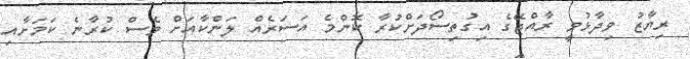
ރިޔާޒު ވިދާޅުވީ ރާއްޖޭގެ އިގުތިސޯދަށްކުރާ ކޮންމެ އަސަރެއް ލަންކާއަށް ވެސް ކުރާނެ ކަމަށާއި